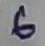
Text: 6